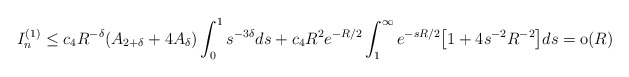
\begin{align*} I_n^{(1)} \leq c_4 R^{-\delta} (A_{2+\delta} + 4A_\delta) \int_0^1 s^{-3\delta} ds + c_4 R^2 e^{-R/2} \int_1^\infty e^{-sR/2}\bigl[1+ 4s^{-2}R^{-2}\bigr] ds = \hbox{o}(R)\end{align*}